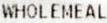
WHOLEMEAL